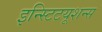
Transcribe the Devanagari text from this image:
इन्स्टिटयूशन्स